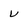
Character: v